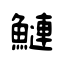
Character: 鰱